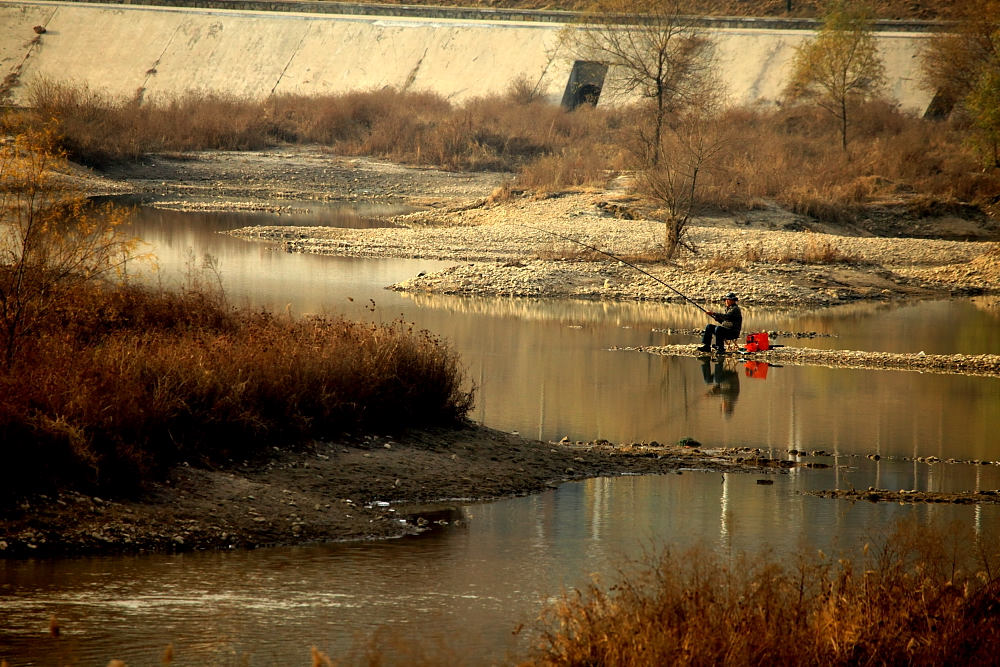
灞原风雨定，晚见雁行频。